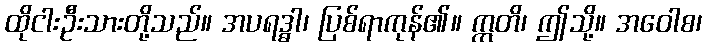
ထိုငါးဦးသားတို့သည်။ အပရဒ္ဓါ၊ ပြစ်ရာကုန်၏။ ဣတိ၊ ဤသို့။ အဝေါစ၊